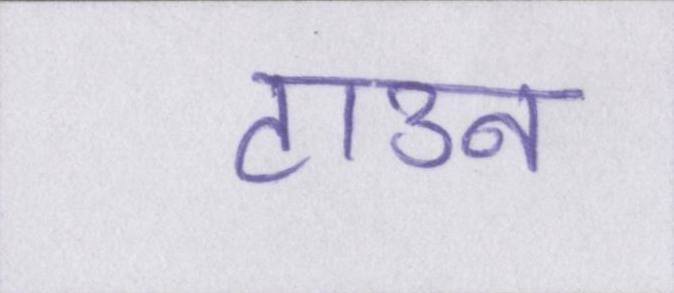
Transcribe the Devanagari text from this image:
टाउन